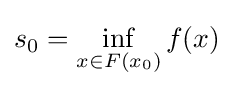
s_{0}=\inf _{x\in F\left(x_{0}\right)}f(x)